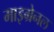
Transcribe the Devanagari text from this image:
माइग्रेनल